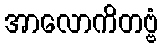
အာလောကိတဗ္ဗံ